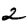
Digit: 2